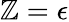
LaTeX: \mathbb{Z}=\epsilon